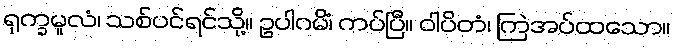
ရုက္ခမူလံ၊ သစ်ပင်ရင်သို့။ ဥပါဂမိံ၊ ကပ်ပြီ။ ဝါပိတံ၊ ကြဲအပ်ထသော။